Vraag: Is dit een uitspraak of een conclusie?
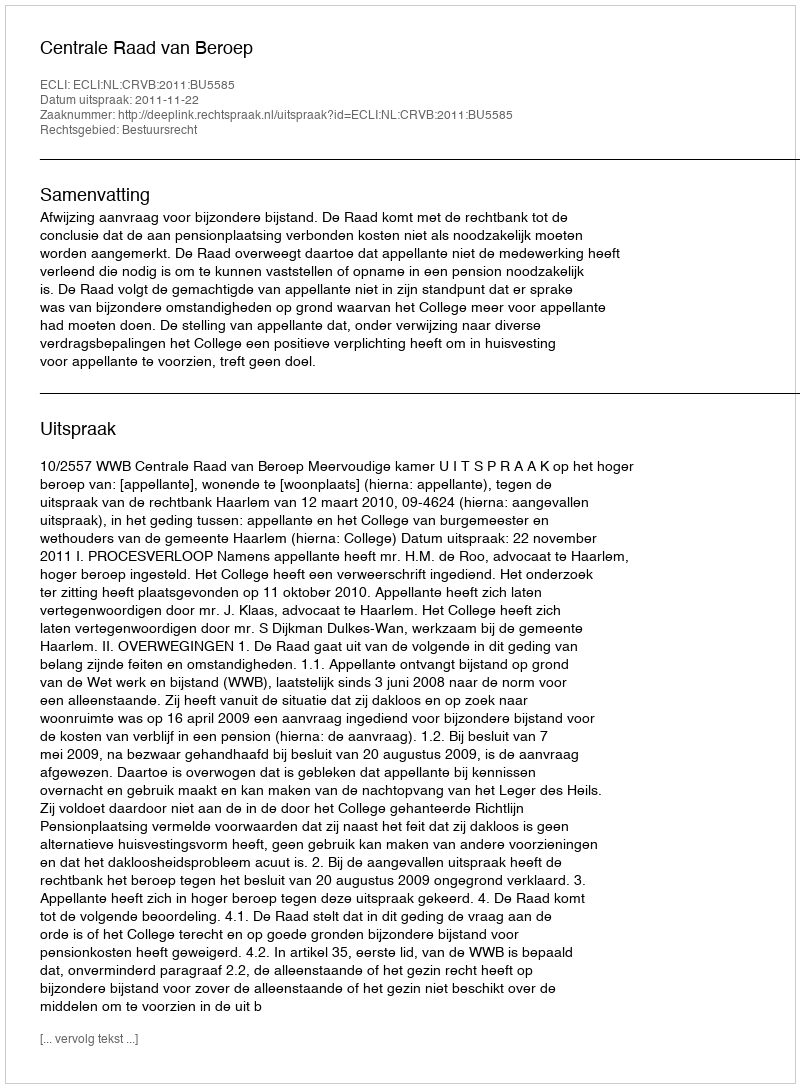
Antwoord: Uitspraak